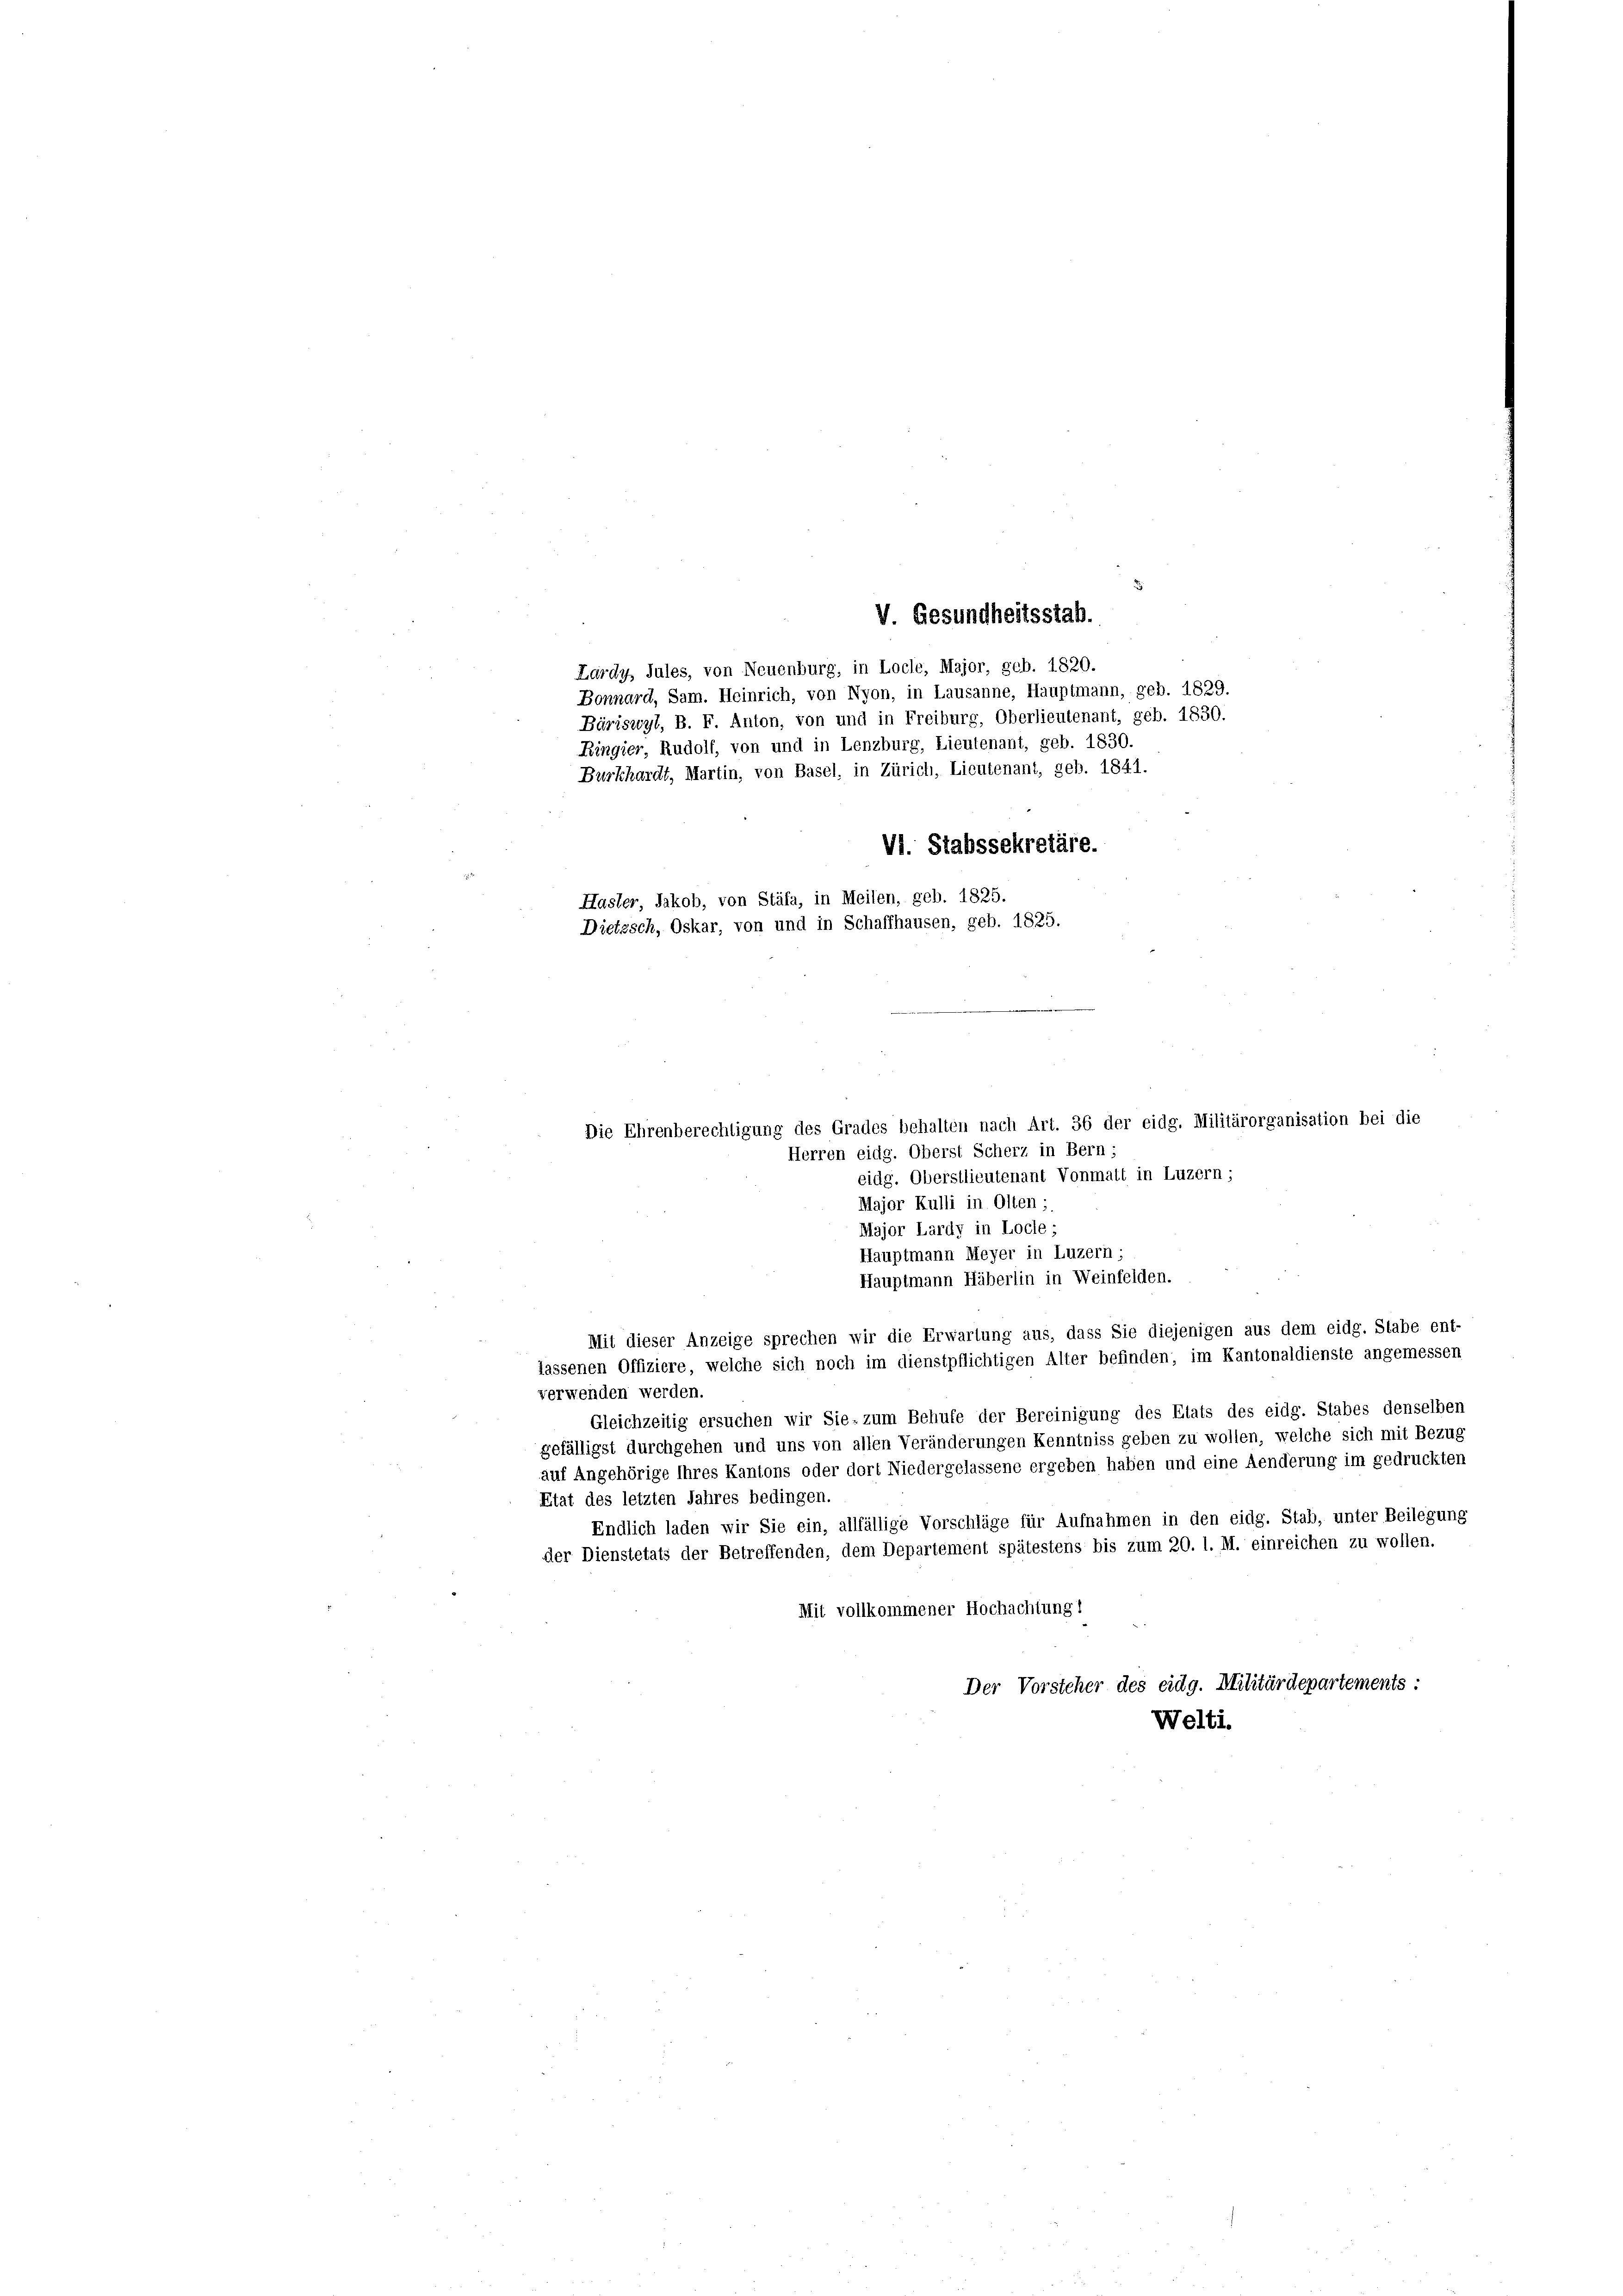
V. Gesundheitsstab.
Lardy, Jules, von Neuenburg, in Locle, Major, geb. 1820.
Bonnard, Sam. Heinrich, von Nyon, in Lausanne, Hauptmann, geb. 1829.
Bäriswyl, B. F. Anton, von und in Freiburg, Oberlieutenant, geb. 1830.
Bingier, Rudolf, von und in Lenzburg, Lieutenant, geb. 1830.
Burkhardt, Martin, von Basel, in Zürich, Lieutenant, geb. 1841.
VI. Stabssekretäre.
Hasler, Jakob, von Stäfa, in Meilen, geb. 1825.
Dietzsch, Oskar, von und in Schaffhausen, geb. 1825.

Die Ehrenberechtigung des Grades behalten nach Art. 36 der eidg. Militärorganisation bei die

Herren eidg. Oberst Scherz in Bern;
eidg. Oberstlieutenant Vonmalt in Luzern;
Major Kulli in Olten;
Major Lardy in Locle;
Hauptmann Meyer in Luzern;
Hauptmann Häberlin in Weinfelden.
Mit dieser Anzeige sprechen wir die Erwartung aus, dass Sie diejenigen aus dem eidg. Stabe ent-
lassenen Offiziere, welche sich noch im dienstpflichtigen Alter befinden, im Kantonaldienste angemessen
verwenden werden.
Gleichzeitig ersuchen wir Sie- zum Behufe der Bereinigung des Etats des eidg. Stabes denselben
gefälligst durchgehen und uns von allen Veränderungen Kenntniss geben zu wollen, welche sich mit Bezug
auf Angehörige Ihres Kantons oder dort Niedergelassene ergeben haben und eine Aenderung im gedruckten
Etat des letzten Jahres bedingen.
Endlich laden wir Sie ein, allfällige Vorschläge für Aufnahmen in den eidg. Stab, unter Beilegung
der Dienstetats der Betreffenden, dem Departement spätestens bis zum 20. 1. M. einreichen zu wollen.
Mit vollkommener Hochachtung!
Der Vorsteher des eidg. Militärdepartements:
Welti.